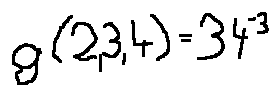
g ( 2 , 3 , 4 ) = 3 4 ^ { - 3 }